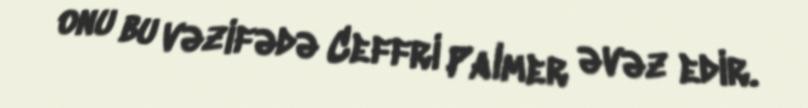
onu bu vəzifədə Ceffri Palmer əvəz edir.